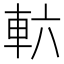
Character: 𮝄